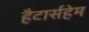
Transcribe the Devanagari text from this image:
हैटार्सहेम